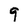
Character: 9